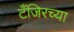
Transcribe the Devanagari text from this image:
टँजिरच्या